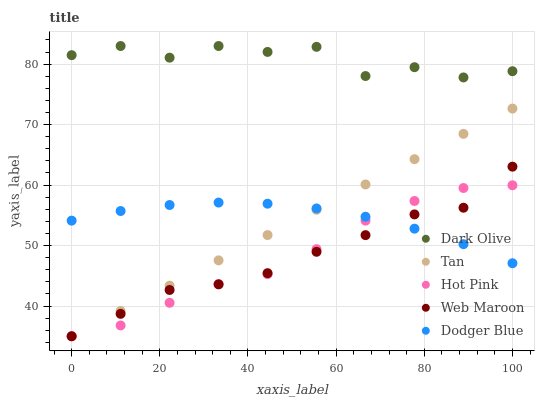
| xaxis_label | Dark Olive | Tan | Hot Pink | Web Maroon | Dodger Blue |
 | --- | --- | --- | --- | --- | --- |
 | 0 | 81.5 | 35 | 35 | 35 | 54.1 |
 | 11.1 | 83 | 39.2 | 36.8 | 38.7 | 55.7 |
 | 22.2 | 81.1 | 43.4 | 40.5 | 42.7 | 56.7 |
 | 33.3 | 83 | 47.6 | 43.6 | 43.6 | 57.1 |
 | 44.4 | 82 | 51.7 | 45.3 | 45.4 | 56.9 |
 | 55.6 | 82.9 | 55.9 | 49.4 | 49 | 56.1 |
 | 66.7 | 78 | 60.1 | 54.1 | 51.7 | 54.8 |
 | 77.8 | 79.5 | 64.3 | 57.4 | 55.2 | 52.8 |
 | 88.9 | 77.8 | 68.5 | 59.5 | 56.3 | 50.2 |
 | 100 | 78.8 | 72.7 | 60 | 63 | 47.1 |